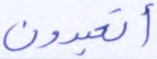
أتعبدون